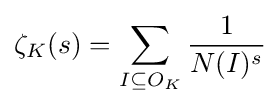
\zeta _{K}(s)=\sum _{I\subseteq O_{K}}{\frac {1}{N(I)^{s}}}